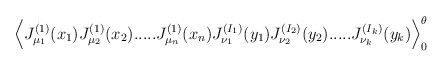
\begin{align*}\Big\langle J^{(1)}_{\mu_1}(x_1) J^{(1)}_{\mu_2}(x_2) .....J^{(1)}_{\mu_n}(x_n) J^{(I_1)}_{\nu_1}(y_1)J^{(I_2)}_{\nu_2}(y_2) ..... J^{(I_k)}_{\nu_k}(y_k) \Big\rangle_0^\theta\end{align*}